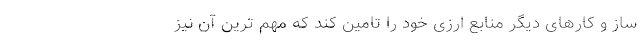
ساز و کارهای دیگر منابع ارزی خود را تامین کند که مهم ترینِ آن نیز